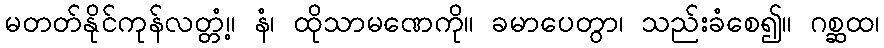
မတတ်နိုင်ကုန်လတ္တံ့။ နံ၊ ထိုသာမဏေကို။ ခမာပေတွာ၊ သည်းခံစေ၍။ ဂစ္ဆထ၊